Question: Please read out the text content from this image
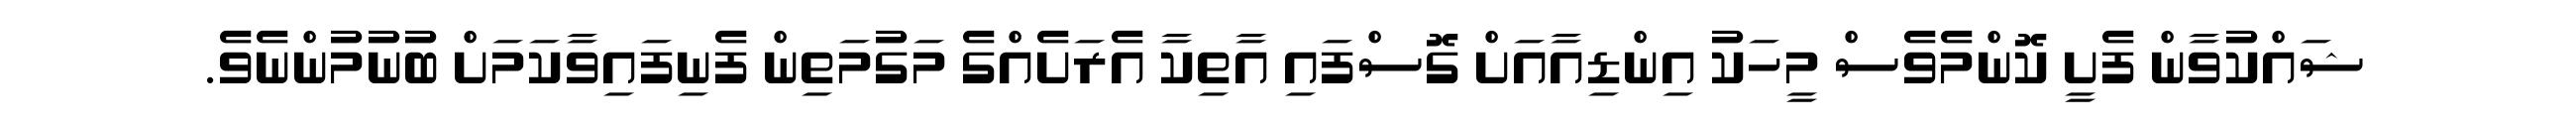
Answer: ޝައްކުވާން ފެށީ ކޮންމެވެސް މީހަކު އިންޑިއާއަށް ގޮސްފައި އާތިކާ އެރަށެއްގެ މަގުމަތިން ފެނިފައިވާކަމަށް ބުނުމުންނެވެ.